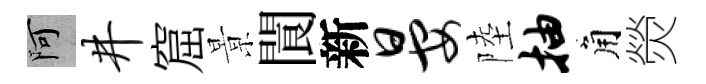
阿井窟㬌閬新晏陸抽角熒